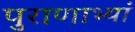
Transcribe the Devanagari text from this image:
पुराणाभ्यां